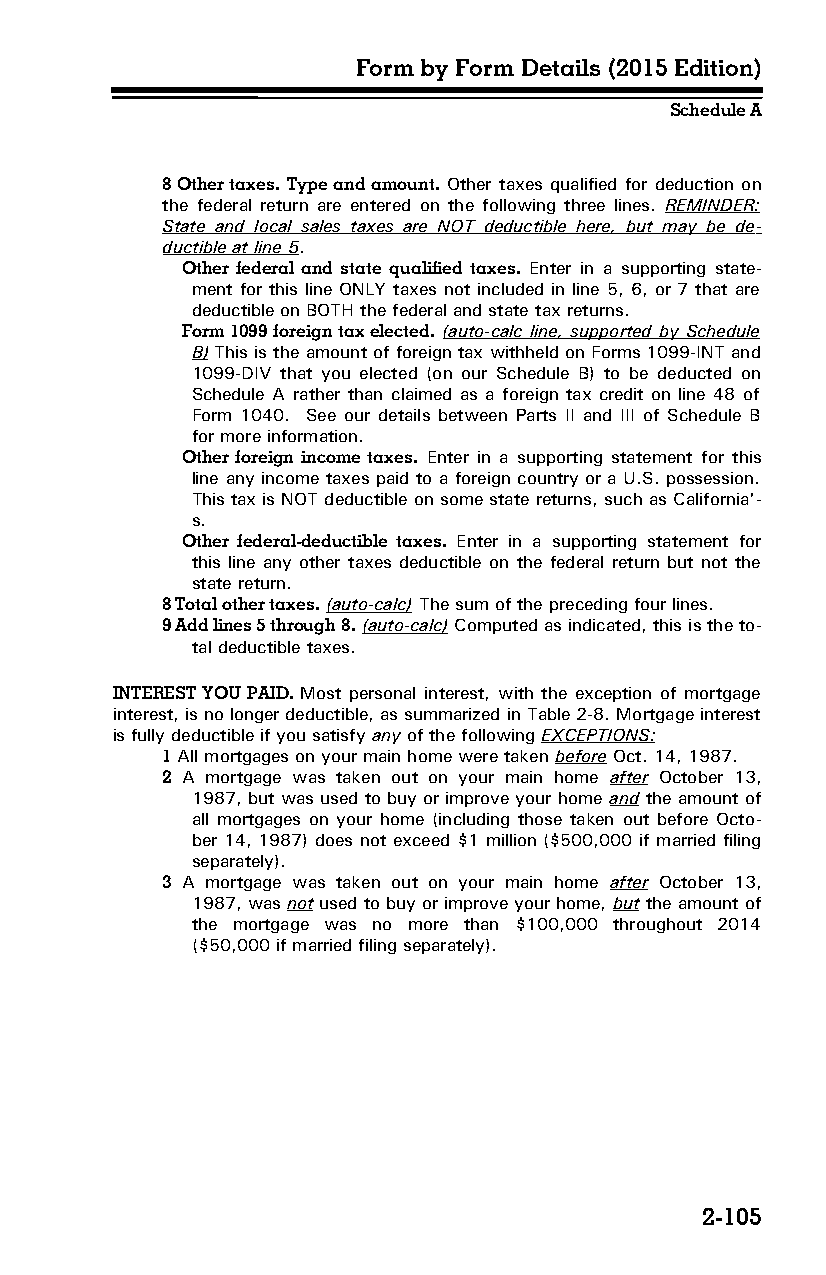
Form by Form Details (2015 Edition)
 Schedule A
 8 Other taxes. Type and amount. Other taxes qualified for deduction on
 the federal return are entered on the following three lines. REMINDER:
 State and local sales taxes are NOT deductible here, but may be de­
 ductible at line 5.
 Other federal and state qualified taxes. Enter in a supporting state­
 ment for this line ONLY taxes not included in line 5, 6, or 7 that are
 deductible on BOTH the federal and state tax returns.
 Form 1099 foreign tax elected. (auto-calc line, supported by Schedule
 B) This is the amount of foreign tax withheld on Forms 1099-INT and
 1099-DIV that you elected (on our Schedule B) to be deducted on
 Schedule A rather than claimed as a foreign tax credit on line 48 of
 Form 1040. See our details between Parts II and III of Schedule B
 for more information.
 Other foreign income taxes. Enter in a supporting statement for this
 line any income taxes paid to a foreign country or a U.S. possession.
 This tax is NOT deductible on some state returns, such as California'­
 s.
 Other federal-deductible taxes. Enter in a supporting statement for
 this line any other taxes deductible on the federal return but not the
 state return.
 8 Total other taxes. (auto-calc) The sum of the preceding four lines.
 9 Add lines 5 through 8. (auto-calc) Computed as indicated, this is the to­
 tal deductible taxes.
 INTEREST YOU PAID. Most personal interest, with the exception of mortgage
 interest, is no longer deductible, as summarized in Table 2-8. Mortgage interest
 is fully deductible if you satisfy any of the following EXCEPTIONS:
 1 All mortgages on your main home were taken before Oct. 14, 1987.
 2 A mortgage was taken out on your main home after October 13,
 1987, but was used to buy or improve your home and the amount of
 all mortgages on your home (including those taken out before Octo­
 ber 14, 1987) does not exceed $1 million ($500,000 if married filing
 separately).
 3 A mortgage was taken out on your main home after October 13,
 1987, was not used to buy or improve your home, but the amount of
 the mortgage was no more than $100,000 throughout 2014
 ($50,000 if married filing separately).
 2-105